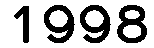
1998